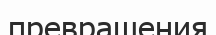
превращения